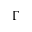
\Gamma